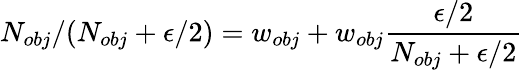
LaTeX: N_{obj}/(N_{obj}+\epsilon/2)=w_{obj}+w_{obj}\frac{\epsilon/2}{N_{obj}+\epsilon/2}